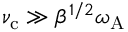
\nu _ { \mathrm { c } } \gg \beta ^ { 1 / 2 } \omega _ { \mathrm { A } }